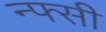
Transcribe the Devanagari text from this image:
न्फ्सी